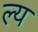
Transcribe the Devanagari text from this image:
ल्य